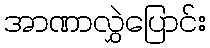
အာဏာလွှဲပြောင်း